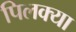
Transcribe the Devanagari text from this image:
पिलक्या